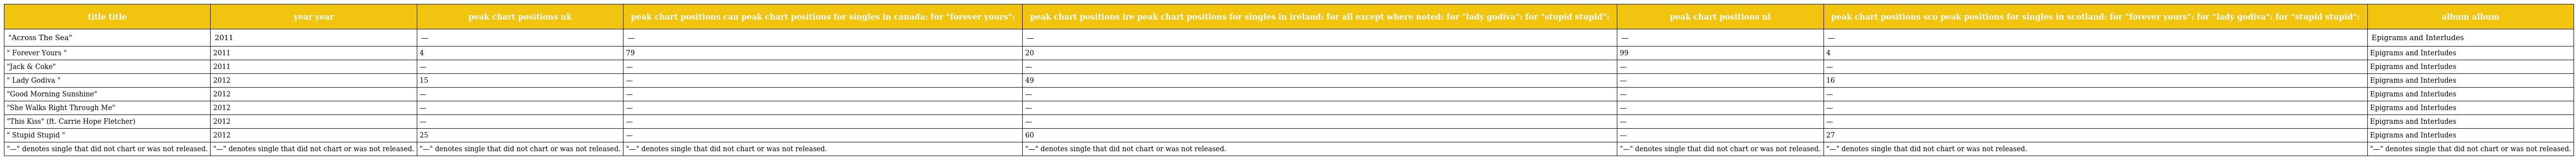
| title title | year year | peak chart positions uk | peak chart positions can peak chart positions for singles in canada: for "forever yours": | peak chart positions ire peak chart positions for singles in ireland: for all except where noted: for "lady godiva": for "stupid stupid": | peak chart positions nl | peak chart positions sco peak positions for singles in scotland: for "forever yours": for "lady godiva": for "stupid stupid": | album album |
 | --- | --- | --- | --- | --- | --- | --- | --- |
 | "Across The Sea" | 2011 | — | — | — | — | — | Epigrams and Interludes |
 | " Forever Yours " | 2011 | 4 | 79 | 20 | 99 | 4 | Epigrams and Interludes |
 | "Jack & Coke" | 2011 | — | — | — | — | — | Epigrams and Interludes |
 | " Lady Godiva " | 2012 | 15 | — | 49 | — | 16 | Epigrams and Interludes |
 | "Good Morning Sunshine" | 2012 | — | — | — | — | — | Epigrams and Interludes |
 | "She Walks Right Through Me" | 2012 | — | — | — | — | — | Epigrams and Interludes |
 | "This Kiss" (ft. Carrie Hope Fletcher) | 2012 | — | — | — | — | — | Epigrams and Interludes |
 | " Stupid Stupid " | 2012 | 25 | — | 60 | — | 27 | Epigrams and Interludes |
 | "—" denotes single that did not chart or was not released. | "—" denotes single that did not chart or was not released. | "—" denotes single that did not chart or was not released. | "—" denotes single that did not chart or was not released. | "—" denotes single that did not chart or was not released. | "—" denotes single that did not chart or was not released. | "—" denotes single that did not chart or was not released. | "—" denotes single that did not chart or was not released. |